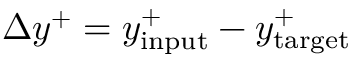
\Delta y ^ { + } = y _ { \mathrm { i n p u t } } ^ { + } - y _ { \mathrm { t a r g e t } } ^ { + }